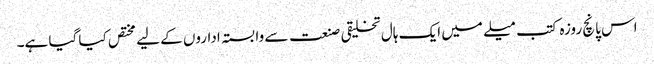
اس پانچ روزہ کتب میلے میں ایک ہال تخلیقی صنعت سے وابستہ اداروں کے لیے مختص کیا گیا ہے۔